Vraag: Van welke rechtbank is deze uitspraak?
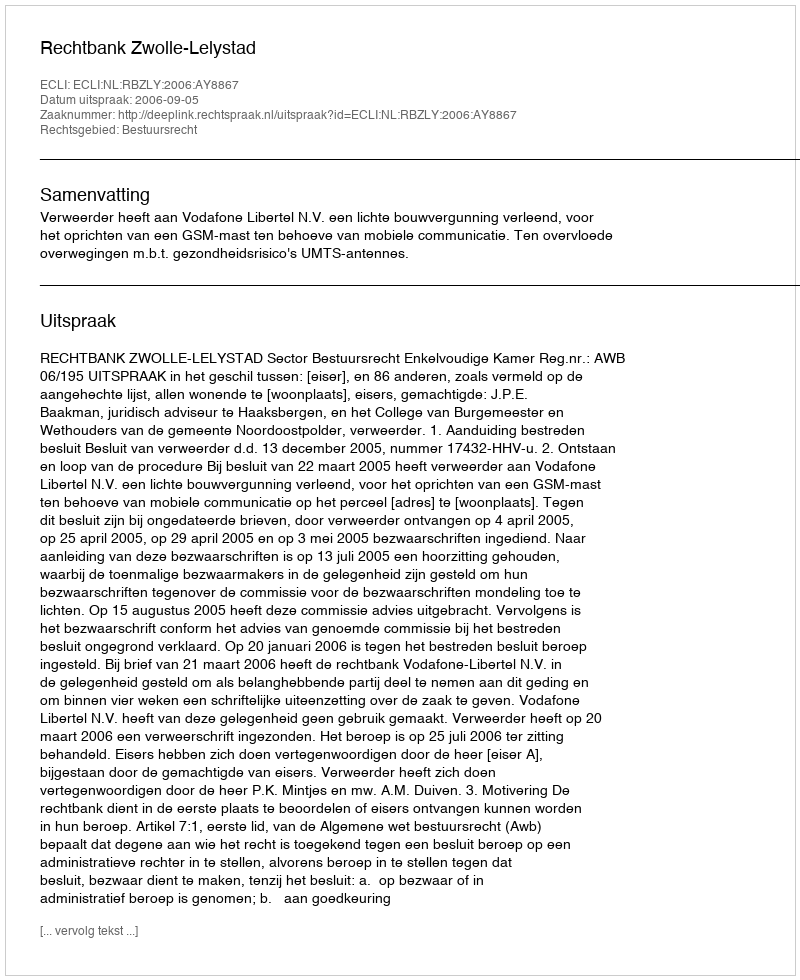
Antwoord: Rechtbank Zwolle-Lelystad